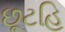
છૂટહિ